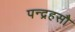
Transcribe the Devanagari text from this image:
पन्द्रहसौ